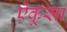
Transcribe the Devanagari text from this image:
ऐंकूसा